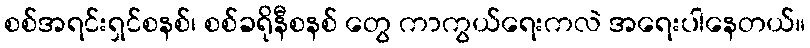
စစ်အရင်းရှင်စနစ်၊ စစ်ခရိုနီစနစ် တွေ ကာကွယ်ရေးကလဲ အရေးပါနေတယ်။